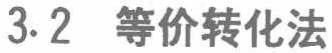
3.2 等价转化法